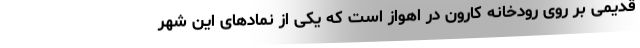
قدیمی بر روی رودخانه کارون در اهواز است که یکی از نمادهای این شهر